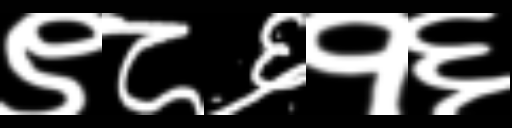
Text: ९८६१६